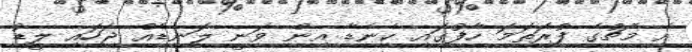
އެ މެޗުގެ ފުރަތަމަ ހާފުގައި ކެނެޑާ އިން ވަނީ ލަނޑެއް ޖަހައި ލީޑު